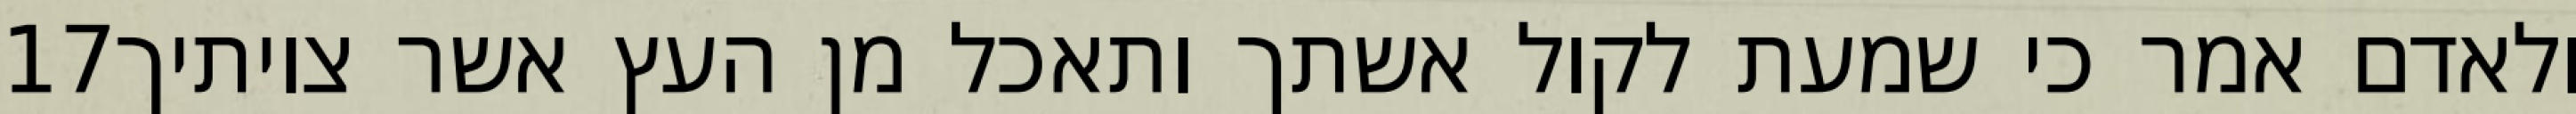
‎17‏ ולאדם אמר כי שמעת לקול אשתך ותאכל מן העץ אשר צויתיך